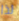
لذا